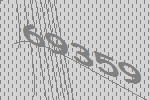
69359